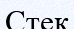
Стек